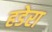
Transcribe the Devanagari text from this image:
हडेरा